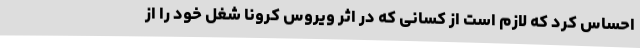
احساس کرد که لازم است از کسانی که در اثر ویروس کرونا شغل خود را از